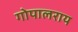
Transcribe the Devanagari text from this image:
गोपालराय